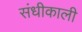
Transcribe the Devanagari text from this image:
संधीकाली